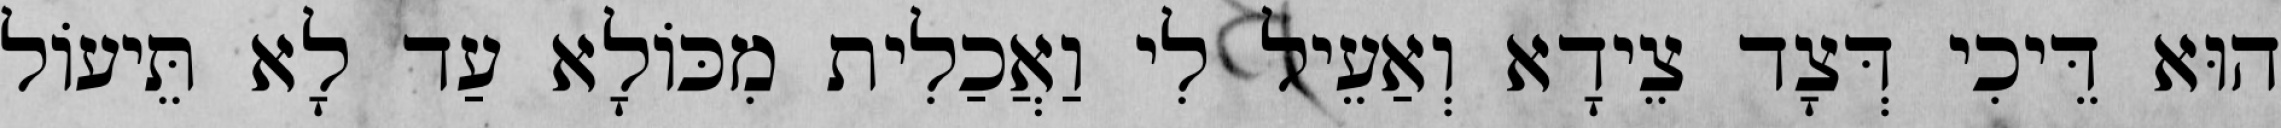
הוּא דֵּיכִי דְּצָד צֵידָא וְאַעֵיל לִי וַאֲכַלִית מִכּוֹלָא עַד לָא תֵּיעוֹל